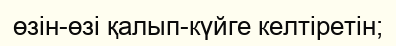
өзін-өзі қалып-күйге келтіретін;